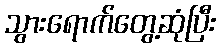
သွားရောက်တွေ့ဆုံပြီး